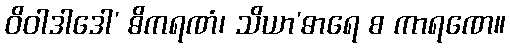
ဝိဝါဒါဒေါ’ ဓိကရဏံ၊ သိယာ’ဓာရေ စ ကာရဏေ။